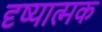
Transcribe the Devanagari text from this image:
दृष्यात्मक